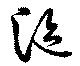
漚